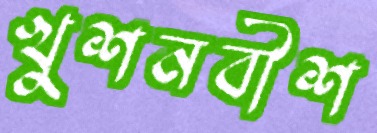
খুশনবীশ